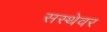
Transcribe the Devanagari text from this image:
सस्थेवर